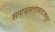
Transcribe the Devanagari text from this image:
समाजसत्तावादाकडून